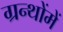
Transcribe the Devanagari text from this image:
ग्रन्थोंमें